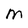
Character: M